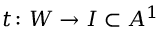
t \colon W \to I \subset A ^ { 1 }